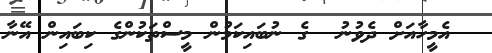
އެމީހާއަށް ދެވުނު  ގެ ނުބައިކަމުން މީސްތަކުންގެ ކިބައިން އޭނާ